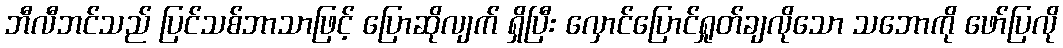
ဘီလီဘင်သည် ပြင်သစ်ဘာသာဖြင့် ပြောဆိုလျက် ရှိပြီး လှောင်ပြောင်ရှုတ်ချလိုသော သဘောကို ဖော်ပြလို